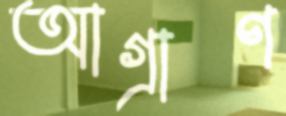
আগ্রাণ